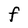
Character: F